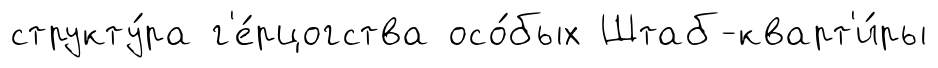
структу́ра г'е́рцогства осо́бых Штаб-кварт'и́ры